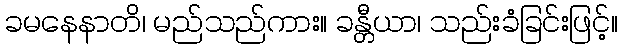
ခမနေနာတိ၊ မည်သည်ကား။ ခန္တီယာ၊ သည်းခံခြင်းဖြင့်။